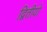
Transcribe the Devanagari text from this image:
द्वितीयो